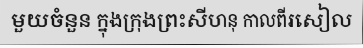
មួយចំនួន ក្នុងក្រុងព្រះសីហនុ កាលពីរសៀល